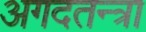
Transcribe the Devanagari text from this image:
अगदतन्त्रा